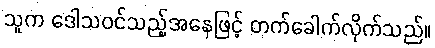
သူက ဒေါသဝင်သည့်အနေဖြင့် တက်ခေါက်လိုက်သည်။